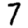
Digit: 7